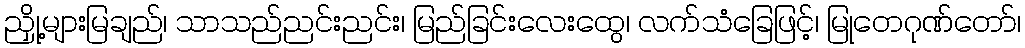
ညှို့များမြချည်၊ သာသည်ညင်းညင်း၊ မြည်ခြင်းလေးထွေ၊ လက်သံခြေဖြင့်၊ မြုတေဂုဏ်တော်၊